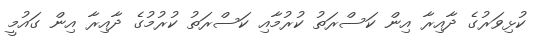
ކުޅިވަރުގެ ދާއިރާ އިން ކަސްރަތު ކުރުމާއި ކަސްރަތު ކުރުމުގެ ދާއިރާ އިން ގައުމީ